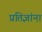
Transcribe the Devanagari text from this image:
प्रतिज्ञांना